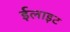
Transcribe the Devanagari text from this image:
ईलाइट